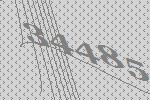
34485